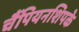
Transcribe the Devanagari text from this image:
चैंपियनशिपके